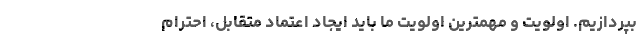
بپردازیم. اولویت و مهمترین اولویت ما باید ایجاد اعتماد متقابل، احترام